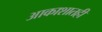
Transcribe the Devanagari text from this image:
आकाशातही